Civil Veterinary Department Bihar reports 1940-50 - 1940-1950
Year: 1940
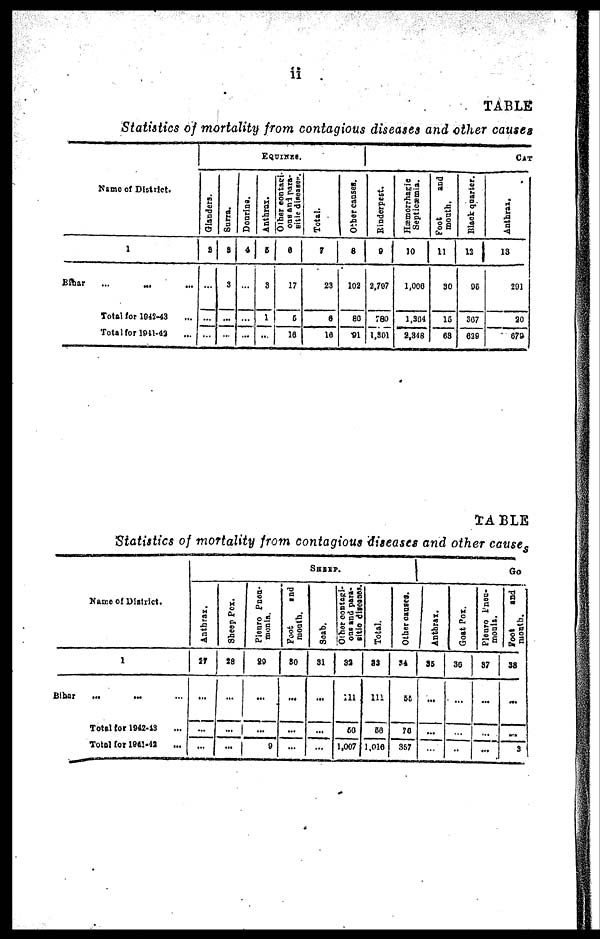
ii
TABLE
Statistics of mortality from contagious diseases and other causes
Name of District.
1
Bihar ... ... ...
Total for 1942-43 ...
Total for 1941-42 ...
EQUINES.
Glanders.
2
...
...
...
Surra.
3
3
...
...
Dourine.
4
...
...
...
Anthrax.
5
3
1
...
Other contasi-
ons and para-
sitic diseases.
6
17
5
16
Total.
7
23
6
16
Other causes.
8
102
86
91
CAT
Rinderpest.
9
2,707
780
1,301
Hæmorrhagic
Septicæmia.
10
1,006
1,304
2,348
Foot
and
mouth.
11
30
15
68
Black quarter.
12
95
367
639
Anthrax.
13
201
20
679
TABLE
Statistics of mortality from contagious diseases and other causes
Name of District.
1
Bihar
...
...
Total for 1942-43 ...
Total for 1941-42
...
SHEEP.
Anthrax.
27
...
Sheep Pox.
28
... |
...
Plenro Pneu-
monia.
89
...
...
0
Foot
and
mouth.
80
...
...
Soab.
31
...
...
Other contagi-
ous
and para-
sitio diseases.
32
111
60
1,007
Total.
82
111
66
1,016
Other causes.
34
55
76
367
GO
Anthrax.
35
...
Goat Pox.
30
...
...
Plenro Pneu-
monis.
37
...
...
-
foot
and
mouth.
38
...
...
3